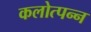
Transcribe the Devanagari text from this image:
कलोत्पन्न